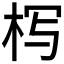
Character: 𰗚